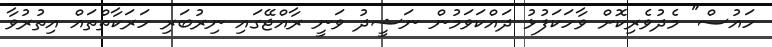
ހައުސް" މެދުވެރިކޮށް ވާހަކަފުޅު ދައްކަވަމުން ނަޝީދު ވަނީ ރާއްޖޭގައި ނިރުބަރި ހަރަކާތްތައް އިތުރުވާ